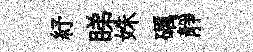
紓睇姝礪靜